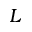
{ \cal L }